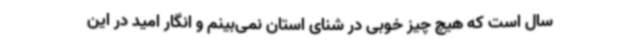
سال است که هیچ چیز خوبی در شنای استان نمی‌بینم و انگار امید در این